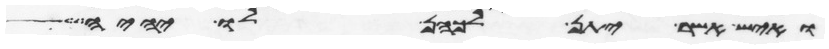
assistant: ואיש אשר יתן לכהן לו יהיה